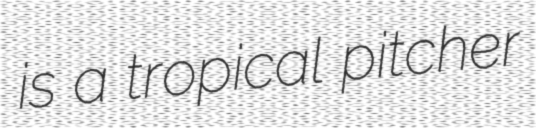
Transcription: is a tropical pitcher